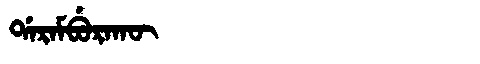
Manchu: ᡩᠠᡵᠠᠮᠪᡠᡵᠠᡴᡡ
Romanization: DARAMBURAKŪ